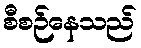
စီစဉ်နေသည်